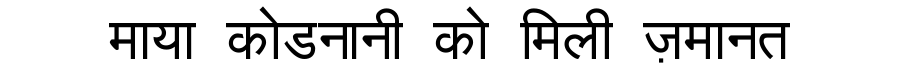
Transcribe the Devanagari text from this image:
माया कोडनानी को मिली ज़मानत